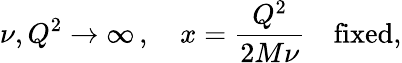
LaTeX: \nu,Q^{2}\to\infty\, ,\quad x=\frac{Q^{2}}{2M\nu}\quad\mathrm{fixed},